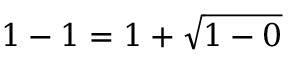
1 - 1 = 1 + { \sqrt { 1 - 0 } }